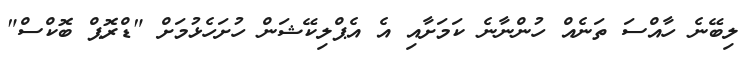
ލިބޭނެ ހާއްސަ ތަނެއް ހުންނާނެ ކަމަށާއި އެ އެޕްލިކޭޝަން ހުށަހެޅުމަށް "ޑްރޮޕް ބޮކްސް"